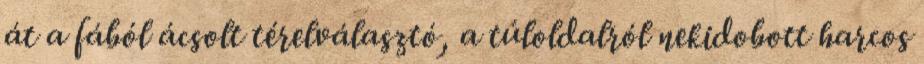
át a fából ácsolt térelválasztó, a túloldalról nekidobott harcos